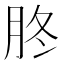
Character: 𦙭